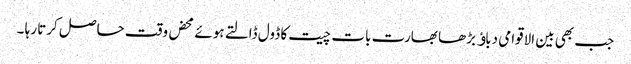
جب بھی بین الاقوامی دباﺅ بڑھا بھارت بات چیت کا ڈول ڈالتے ہوئے محض وقت حاصل کرتا رہا ۔